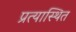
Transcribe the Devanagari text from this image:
प्रत्यास्थित